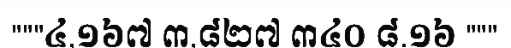
"""៤,១៦៧ ៣,៨២៧ ៣៤០ ៨.១៦ """